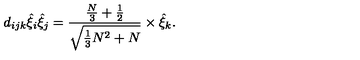
d _ { i j k } \hat { \xi } _ { i } \hat { \xi } _ { j } = \frac { \frac { N } { 3 } + \frac { 1 } { 2 } } { \sqrt { \frac { 1 } { 3 } N ^ { 2 } + N } } \times \hat { \xi } _ { k } .